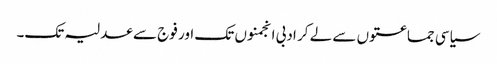
سیاسی جماعتوں سے لے کر ادبی انجمنوں تک اور فوج سے عدلیہ تک۔